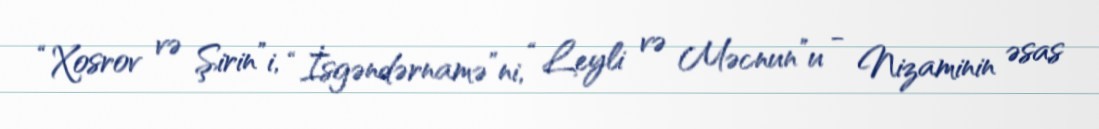
“Xosrov və Şirin”i, “İsgəndərnamə”ni, “Leyli və Məcnun”u - Nizaminin əsas